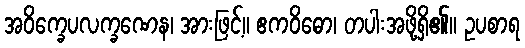
အဝိက္ခေပလက္ခဏေန၊ အားဖြင့်။ ဧကဝိဓော၊ တပါးအဖို့ရှိ၏။ ဥပစာရ